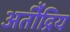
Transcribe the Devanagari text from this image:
अतीेंद्रिय